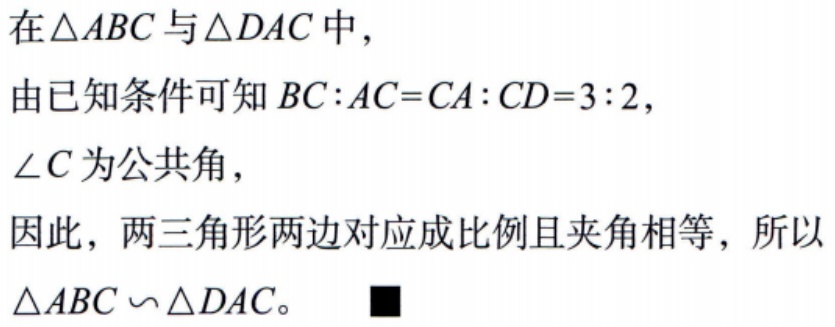
在\(\triangle ABC\)与\(\triangle DAC\)中，
由已知条件可知\(BC:AC = CA:CD = 3:2\)，
\(\angle C\)为公共角，
因此，两三角形两边对应成比例且夹角相等，所以\(\triangle ABC\backsim\triangle DAC\)。■